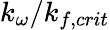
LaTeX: k_{\omega}/k_{f,crit}